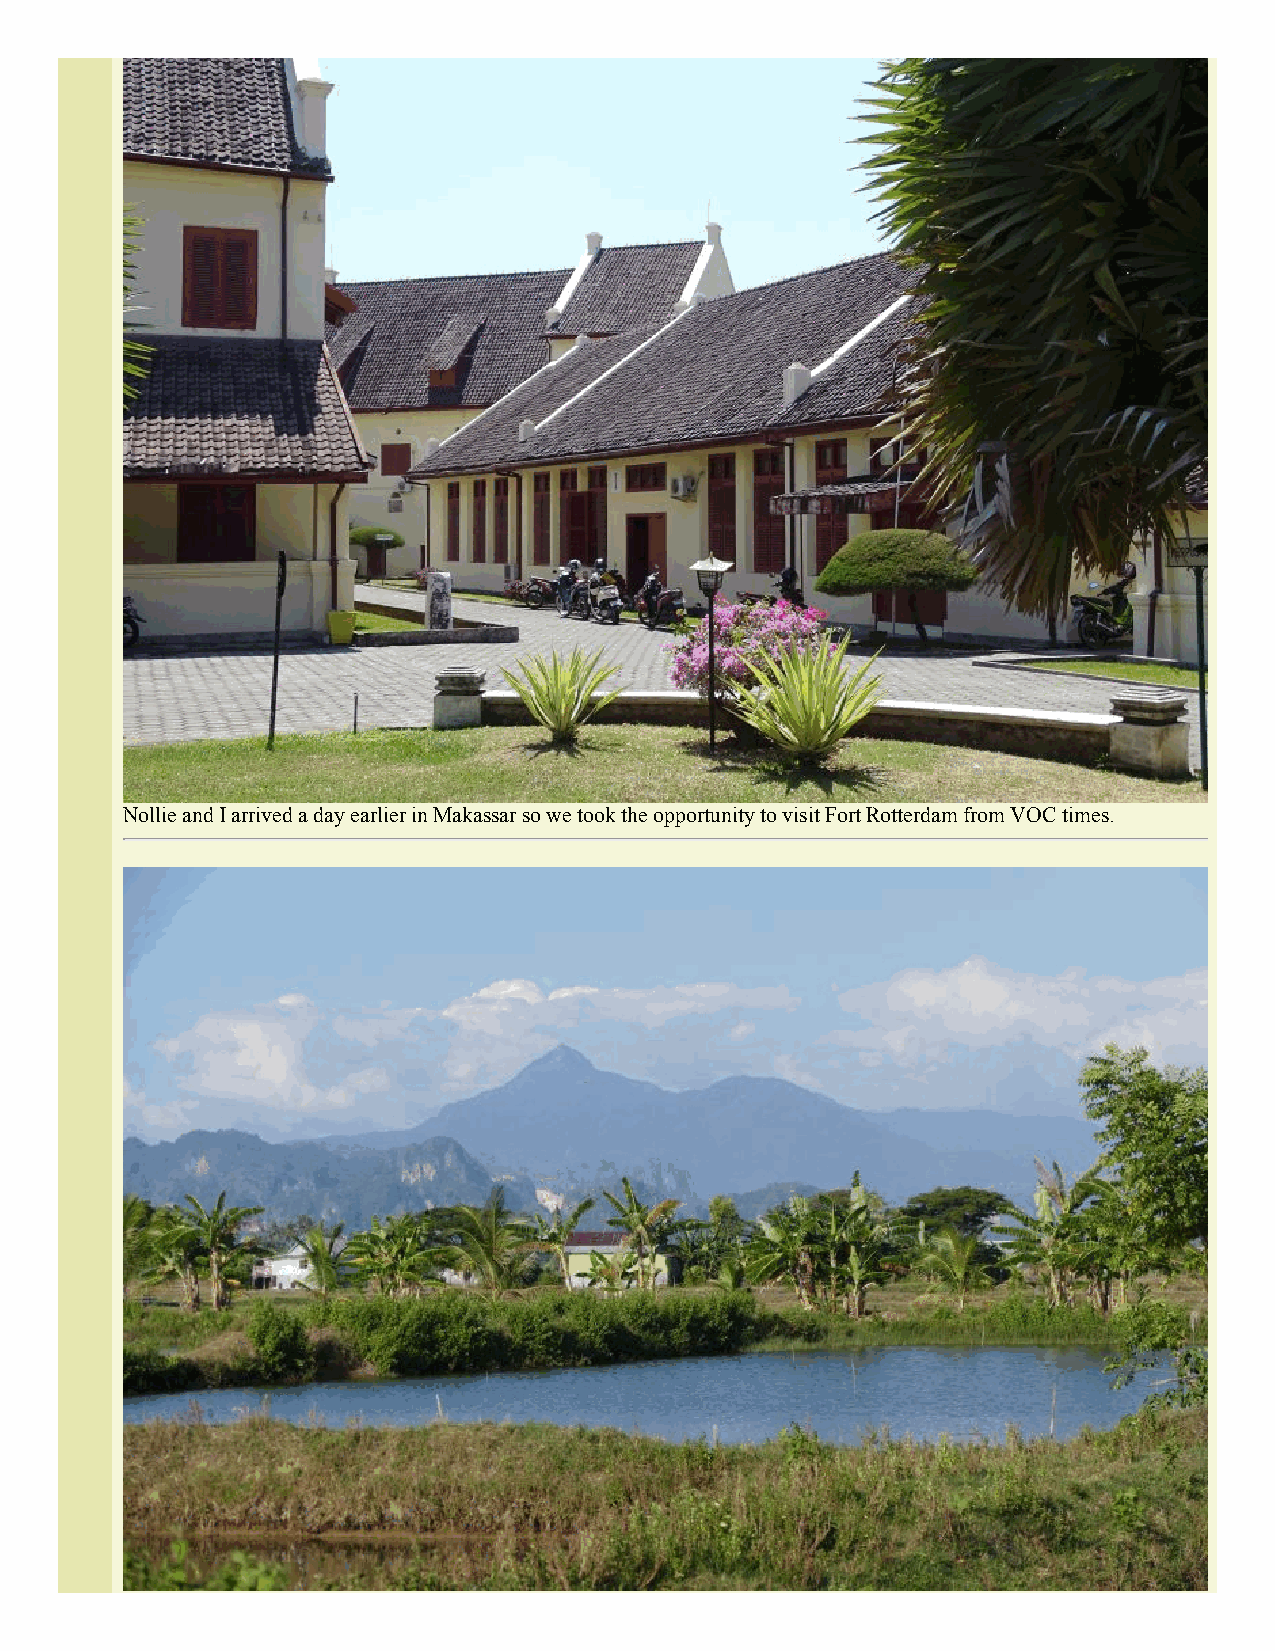
Nollie and I arrived a day earlier in Makassar so we took the opportunity to visit Fort Rotterdam from VOC times.